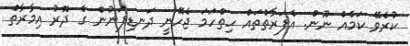
ކުރެވޭ ކަމެއް ނޫން. އެފަރާތްތައް ހިތްހަމަ ޖެހޭނީ ދަނޑިފަނުން ގެ ދޮރު އިމާރާތް